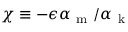
\chi \equiv - \epsilon \alpha _ { \mathrm { ~ m ~ } } / \alpha _ { \mathrm { ~ k ~ } }